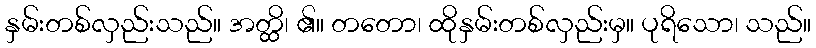
နှမ်းတစ်လှည်းသည်။ အတ္ထိ၊ ၏။ တတော၊ ထိုနှမ်းတစ်လှည်းမှ။ ပုရိသော၊ သည်။